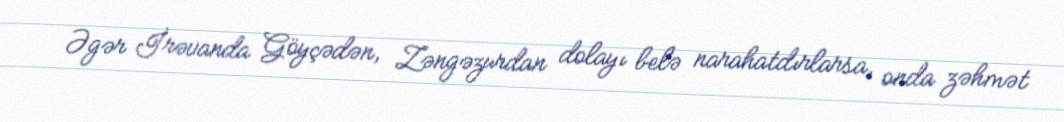
Əgər İrəvanda Göyçədən, Zəngəzurdan dolayı belə narahatdırlarsa, onda zəhmət